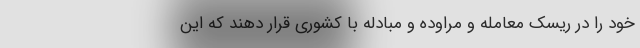
خود را در ریسک معامله و مراوده و مبادله با کشوری قرار دهند که این